Civil Veterinary Dept. Bombay admin report 1932-41 - 1932-1941
Year: 1932
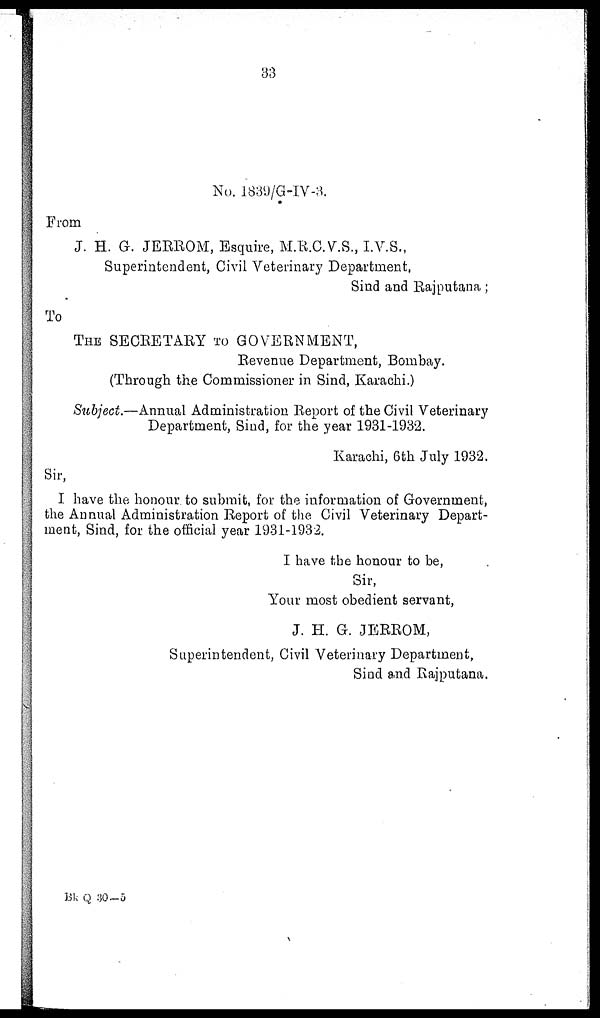
33
No. 1839/G-IV-3.
From
J. H. G. JERROM, Esquire, M.R.C.V.S., I.V.S.,
Superintendent, Civil Veterinary Department,
Sind and Rajputana;
To
THE SECRETARY TO GOVERNMENT,
Revenue Department, Bombay.
(Through the Commissioner in Sind, Karachi.)
Subject.—Annual Administration Report of the Civil Veterinary
Department, Sind, for the year 1931-1932.
Karachi, 6th July 1932.
Sir,
I have the honour to submit, for the information of Government,
the Annual Administration Report of the Civil Veterinary Depart-
ment, Sind, for the official year 1931-1932.
I have the honour to be,
Sir,
Your most obedient servant,
J. H. G. JERROM,
Superintendent, Civil Veterinary Department,
Sind and Rajputana.
Bk Q 30-5